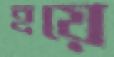
হয়ে